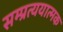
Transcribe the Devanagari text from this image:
सम्प्रत्ययात्मक